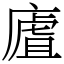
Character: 㢒